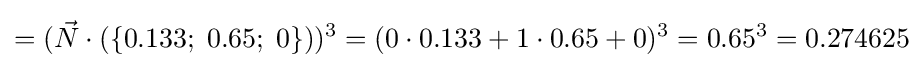
=({\vec {N}}\cdot (\{0.133;\;0.65;\;0\}))^{3}=(0\cdot 0.133+1\cdot 0.65+0)^{3}=0.65^{3}=0.274625